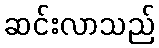
ဆင်းလာသည်